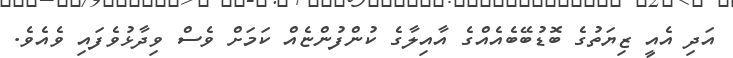
އަދި އެއީ ޒިޔަތުގެ ބޮޑުބޭބެއެއްގެ އާއިލާގެ ކުންފުންްޏެއް ކަމަށް ވެސް ވިދާޅުވެފައި ވެއެވެ.